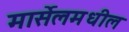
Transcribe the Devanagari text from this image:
मार्सेलमधील